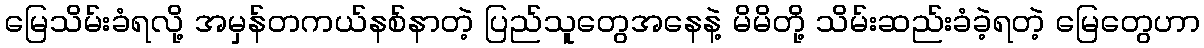
မြေသိမ်းခံရလို့ အမှန်တကယ်နစ်နာတဲ့ ပြည်သူတွေအနေနဲ့ မိမိတို့ သိမ်းဆည်းခံခဲ့ရတဲ့ မြေတွေဟာ